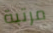
مرتبة